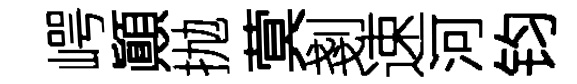
崿顚抛蓂剗速河钧